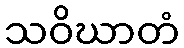
သဝိဃာတံ